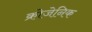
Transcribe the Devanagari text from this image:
क्रोजेनिक